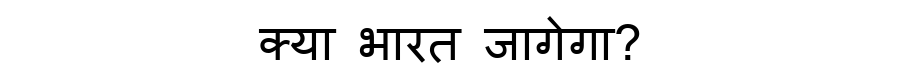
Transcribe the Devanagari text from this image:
क्या भारत जागेगा?